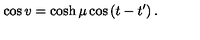
\cos v = \cosh \mu \cos \left( t - t ^ { \prime } \right) .